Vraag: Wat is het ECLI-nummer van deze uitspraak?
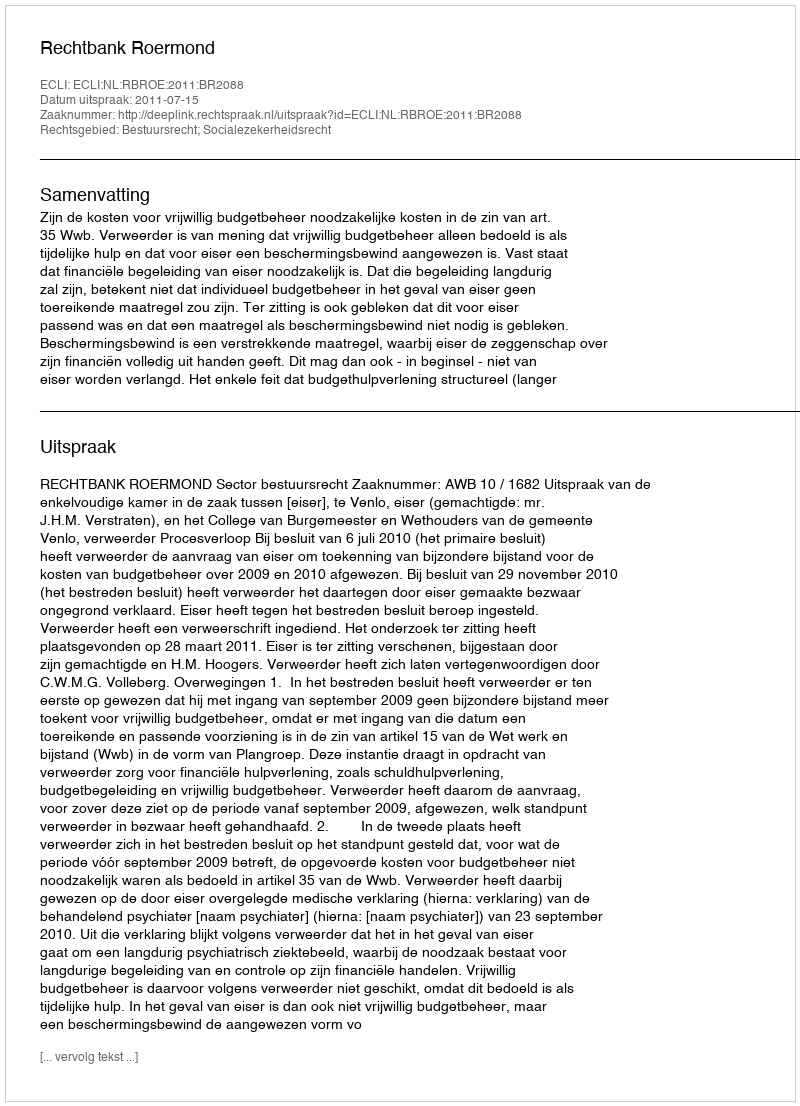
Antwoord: ECLI:NL:RBROE:2011:BR2088